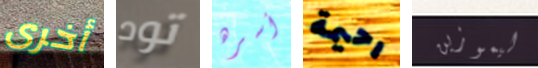
أخرى تود أسره رحيمة ليموزين